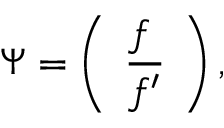
\Psi = \left( \begin{array} { l } { { f } } \\ { { \overline { { { f ^ { \prime } } } } } } \end{array} \right) ,